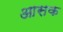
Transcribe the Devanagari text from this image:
आसक